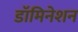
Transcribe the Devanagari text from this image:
डॉमिनेशन